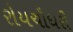
રોયચૌધરી